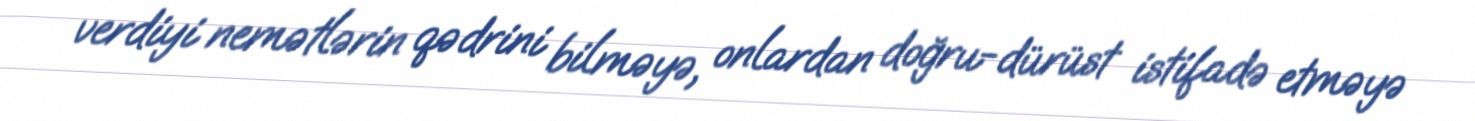
verdiyi nemətlərin qədrini bilməyə, onlardan doğru-dürüst istifadə etməyə